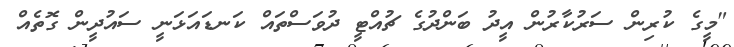
"މީގެ ކުރިން ސަރުކާރުން އީދު ބަންދުގެ ޗުއްޓީ ދުވަސްތައް ކަނޑައަޅަނީ ސައުދީން ގޮތެއް